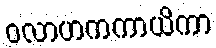
ဝလာဟကကာယိကာ